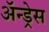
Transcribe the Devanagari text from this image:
ॲन्ड्रेस